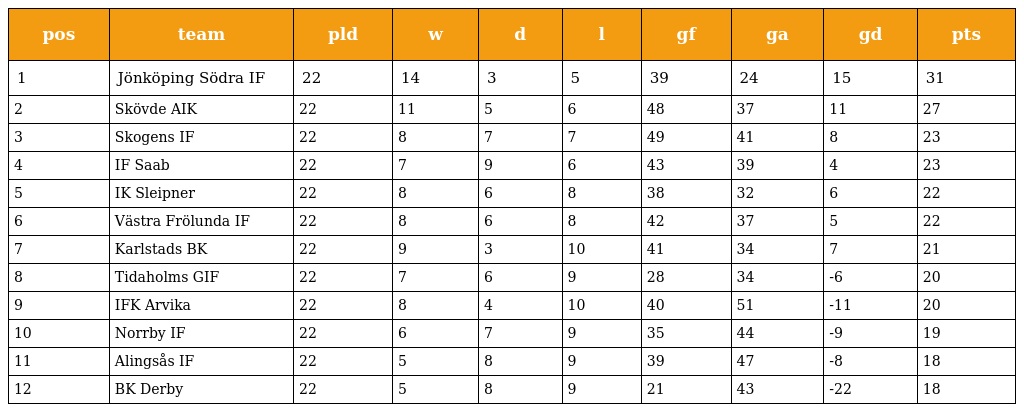
| pos | team | pld | w | d | l | gf | ga | gd | pts |
 | --- | --- | --- | --- | --- | --- | --- | --- | --- | --- |
 | 1 | Jönköping Södra IF | 22 | 14 | 3 | 5 | 39 | 24 | 15 | 31 |
 | 2 | Skövde AIK | 22 | 11 | 5 | 6 | 48 | 37 | 11 | 27 |
 | 3 | Skogens IF | 22 | 8 | 7 | 7 | 49 | 41 | 8 | 23 |
 | 4 | IF Saab | 22 | 7 | 9 | 6 | 43 | 39 | 4 | 23 |
 | 5 | IK Sleipner | 22 | 8 | 6 | 8 | 38 | 32 | 6 | 22 |
 | 6 | Västra Frölunda IF | 22 | 8 | 6 | 8 | 42 | 37 | 5 | 22 |
 | 7 | Karlstads BK | 22 | 9 | 3 | 10 | 41 | 34 | 7 | 21 |
 | 8 | Tidaholms GIF | 22 | 7 | 6 | 9 | 28 | 34 | -6 | 20 |
 | 9 | IFK Arvika | 22 | 8 | 4 | 10 | 40 | 51 | -11 | 20 |
 | 10 | Norrby IF | 22 | 6 | 7 | 9 | 35 | 44 | -9 | 19 |
 | 11 | Alingsås IF | 22 | 5 | 8 | 9 | 39 | 47 | -8 | 18 |
 | 12 | BK Derby | 22 | 5 | 8 | 9 | 21 | 43 | -22 | 18 |